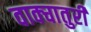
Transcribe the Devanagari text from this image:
वाक्चातुरी